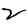
Digit: 2